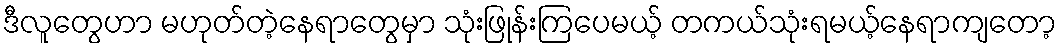
ဒီလူတွေဟာ မဟုတ်တဲ့နေရာတွေမှာ သုံးဖြုန်းကြပေမယ့် တကယ်သုံးရမယ့်နေရာကျတော့